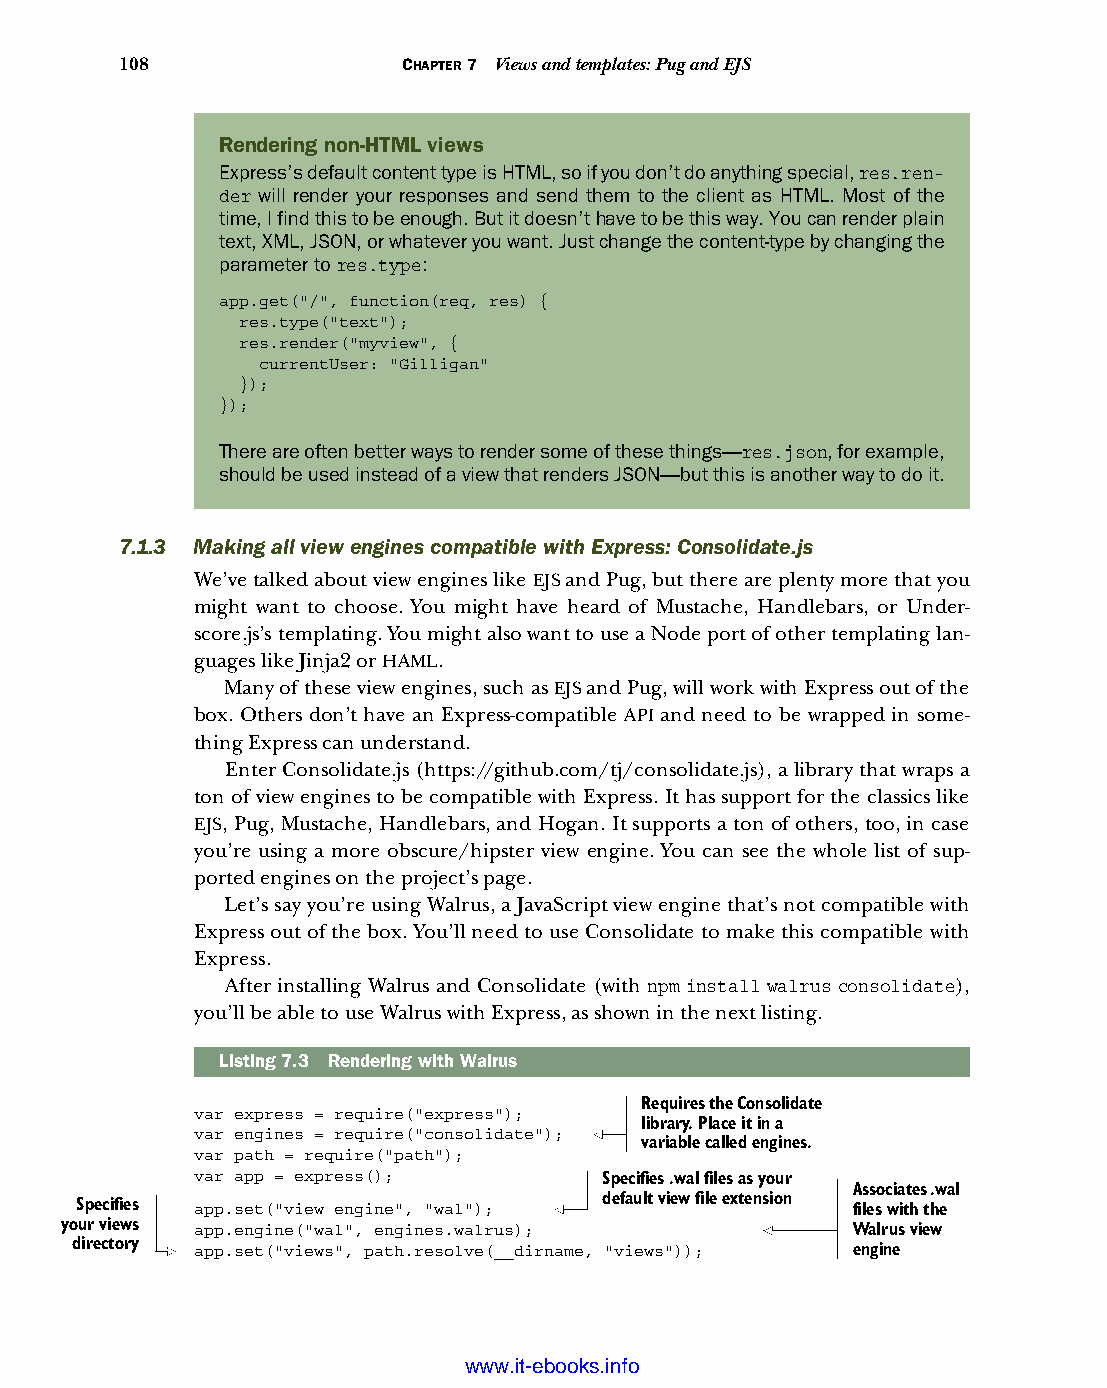
108                CHAPTER 7 Views and templates: Pug and EJS
 Rendering non-HTML views
 Express’s default content type is HTML, so if you don’t do anything special, res.ren-
 der will render your responses and send them to the client as HTML. Most of the
 time, I find this to be enough. But it doesn’t have to be this way. You can render plain
 text, XML, JSON, or whatever you want. Just change the content-type by changing the
 parameter to res.type:
 app.get("/", function(req, res) {
 res.type("text");
 res.render("myview", {
 currentUser: "Gilligan"
 });
 });
 There are often better ways to render some of these things—res.json, for example,
 should be used instead of a view that renders JSON—but this is another way to do it.
 7.1.3 Making all view engines compatible with Express: Consolidate.js
 We’ve talked about view engines like EJS and Pug, but there are plenty more that you
 might want to choose. You might have heard of Mustache, Handlebars, or Under-
 score.js’s templating. You might also want to use a Node port of other templating lan-
 guages like Jinja2 or HAML.
 Many of these view engines, such as EJS and Pug, will work with Express out of the
 box. Others don’t have an Express-compatible API and need to be wrapped in some-
 thing Express can understand.
 Enter Consolidate.js (https://github.com/tj/consolidate.js), a library that wraps a
 ton of view engines to be compatible with Express. It has support for the classics like
 EJS, Pug, Mustache, Handlebars, and Hogan. It supports a ton of others, too, in case
 you’re using a more obscure/hipster view engine. You can see the whole list of sup-
 ported engines on the project’s page.
 Let’s say you’re using Walrus, a JavaScript view engine that’s not compatible with
 Express out of the box. You’ll need to use Consolidate to make this compatible with
 Express.
 After installing Walrus and Consolidate (with npm install walrus consolidate),
 you’ll be able to use Walrus with Express, as shown in the next listing.
 Listing7.3 Rendering with Walrus
 Requires the Consolidate
 var express = require("express");
 library. Place it in a
 var engines = require("consolidate");
 variable called engines.
 var path = require("path");
 var app = express();       Specifies .wal files as your
 Associates .wal
 Specifies app.set("view engine", "wal"); default view file extension files with the
 your views app.engine("wal", engines.walrus);       Walrus view
 directory app.set("views", path.resolve(__dirname, "views")); engine
 Licensed wtow w <.mit-ielebro.8o8k8s@.ingfomail.com>